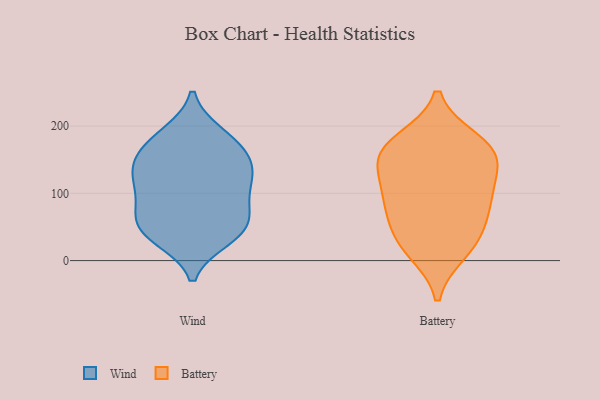
{"axis": {"x": "Net Income (USD K)", "y": "Value"}, "legend": ["Battery", "Wind"], "data": [{"x": "", "y": 41, "type": "Wind"}, {"x": "", "y": 73, "type": "Wind"}, {"x": "", "y": 40, "type": "Wind"}, {"x": "", "y": 77, "type": "Wind"}, {"x": "", "y": 134, "type": "Wind"}, {"x": "", "y": 188, "type": "Wind"}, {"x": "", "y": 111, "type": "Wind"}, {"x": "", "y": 152, "type": "Wind"}, {"x": "", "y": 146, "type": "Wind"}, {"x": "", "y": 32, "type": "Wind"}, {"x": "", "y": 110, "type": "Wind"}, {"x": "", "y": 127, "type": "Wind"}, {"x": "", "y": 164, "type": "Wind"}, {"x": "", "y": 116, "type": "Wind"}, {"x": "", "y": 169, "type": "Wind"}, {"x": "", "y": 189, "type": "Wind"}, {"x": "", "y": 37, "type": "Wind"}, {"x": "", "y": 60, "type": "Wind"}, {"x": "", "y": 70, "type": "Wind"}, {"x": "", "y": 88, "type": "Battery"}, {"x": "", "y": 111, "type": "Battery"}, {"x": "", "y": 15, "type": "Battery"}, {"x": "", "y": 94, "type": "Battery"}, {"x": "", "y": 150, "type": "Battery"}, {"x": "", "y": 27, "type": "Battery"}, {"x": "", "y": 73, "type": "Battery"}, {"x": "", "y": 162, "type": "Battery"}, {"x": "", "y": 167, "type": "Battery"}, {"x": "", "y": 177, "type": "Battery"}, {"x": "", "y": 150, "type": "Battery"}, {"x": "", "y": 38, "type": "Battery"}]}